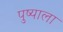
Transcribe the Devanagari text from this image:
पुष्याला